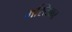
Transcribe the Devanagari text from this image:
मस्तिका